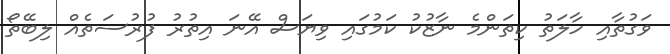
ވަގުތާއި ހާލަތު ކިތަންމެ ނާޒުކު ކަމުގައި ވިޔަސް އޭނަ އިތުރު ފުރުސަތެއް ލިބޭތޯ